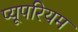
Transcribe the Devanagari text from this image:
प्यूपरियम